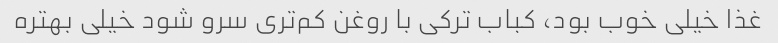
غذا خیلی خوب بود، کباب ترکی با روغن کم‌تری سرو شود خیلی بهتره